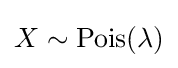
X\sim \mathrm {Pois} (\lambda )